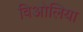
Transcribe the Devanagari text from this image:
विओलिया